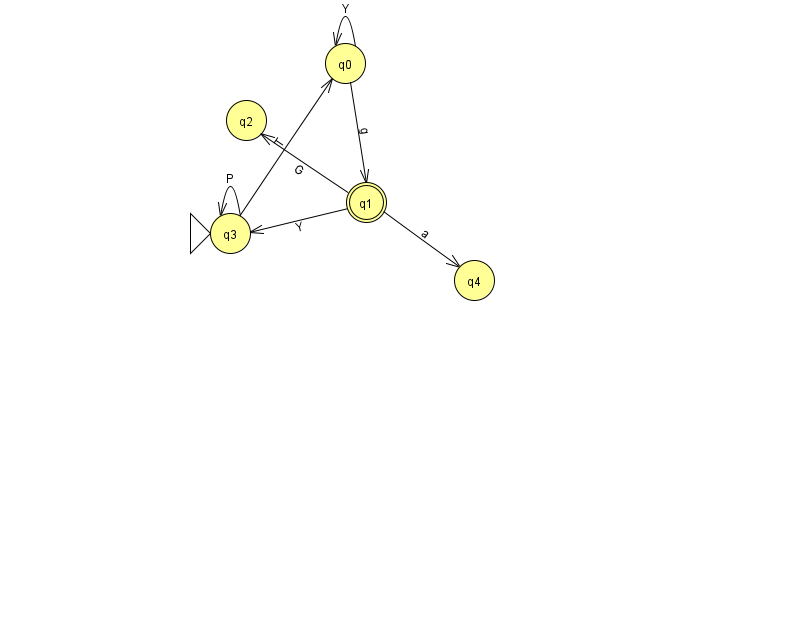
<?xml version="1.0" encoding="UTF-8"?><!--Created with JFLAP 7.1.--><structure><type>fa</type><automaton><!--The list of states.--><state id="0" name="q0"><x>345.0</x><y>50.0</y></state><state id="1" name="q1"><x>366.0</x><y>189.0</y><final/></state><state id="2" name="q2"><x>246.0</x><y>107.0</y></state><state id="3" name="q3"><x>230.0</x><y>220.0</y><initial/></state><state id="4" name="q4"><x>474.0</x><y>267.0</y></state><!--The list of transitions.--><transition><from>3</from><to>3</to><read>P</read></transition><transition><from>1</from><to>3</to><read>Y</read></transition><transition><from>3</from><to>0</to><read>T</read></transition><transition><from>1</from><to>2</to><read>G</read></transition><transition><from>0</from><to>0</to><read>Y</read></transition><transition><from>0</from><to>1</to><read>g</read></transition><transition><from>1</from><to>4</to><read>a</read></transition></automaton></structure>